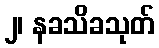
၂၊ နခသိခသုတ်